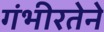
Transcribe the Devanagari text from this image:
गंभीरतेने